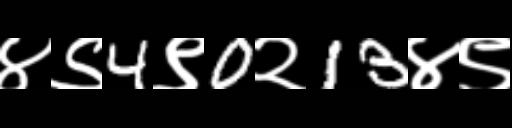
Text: ४९4९0२13४९